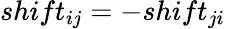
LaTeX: shift_{ij}=-shift_{ji}